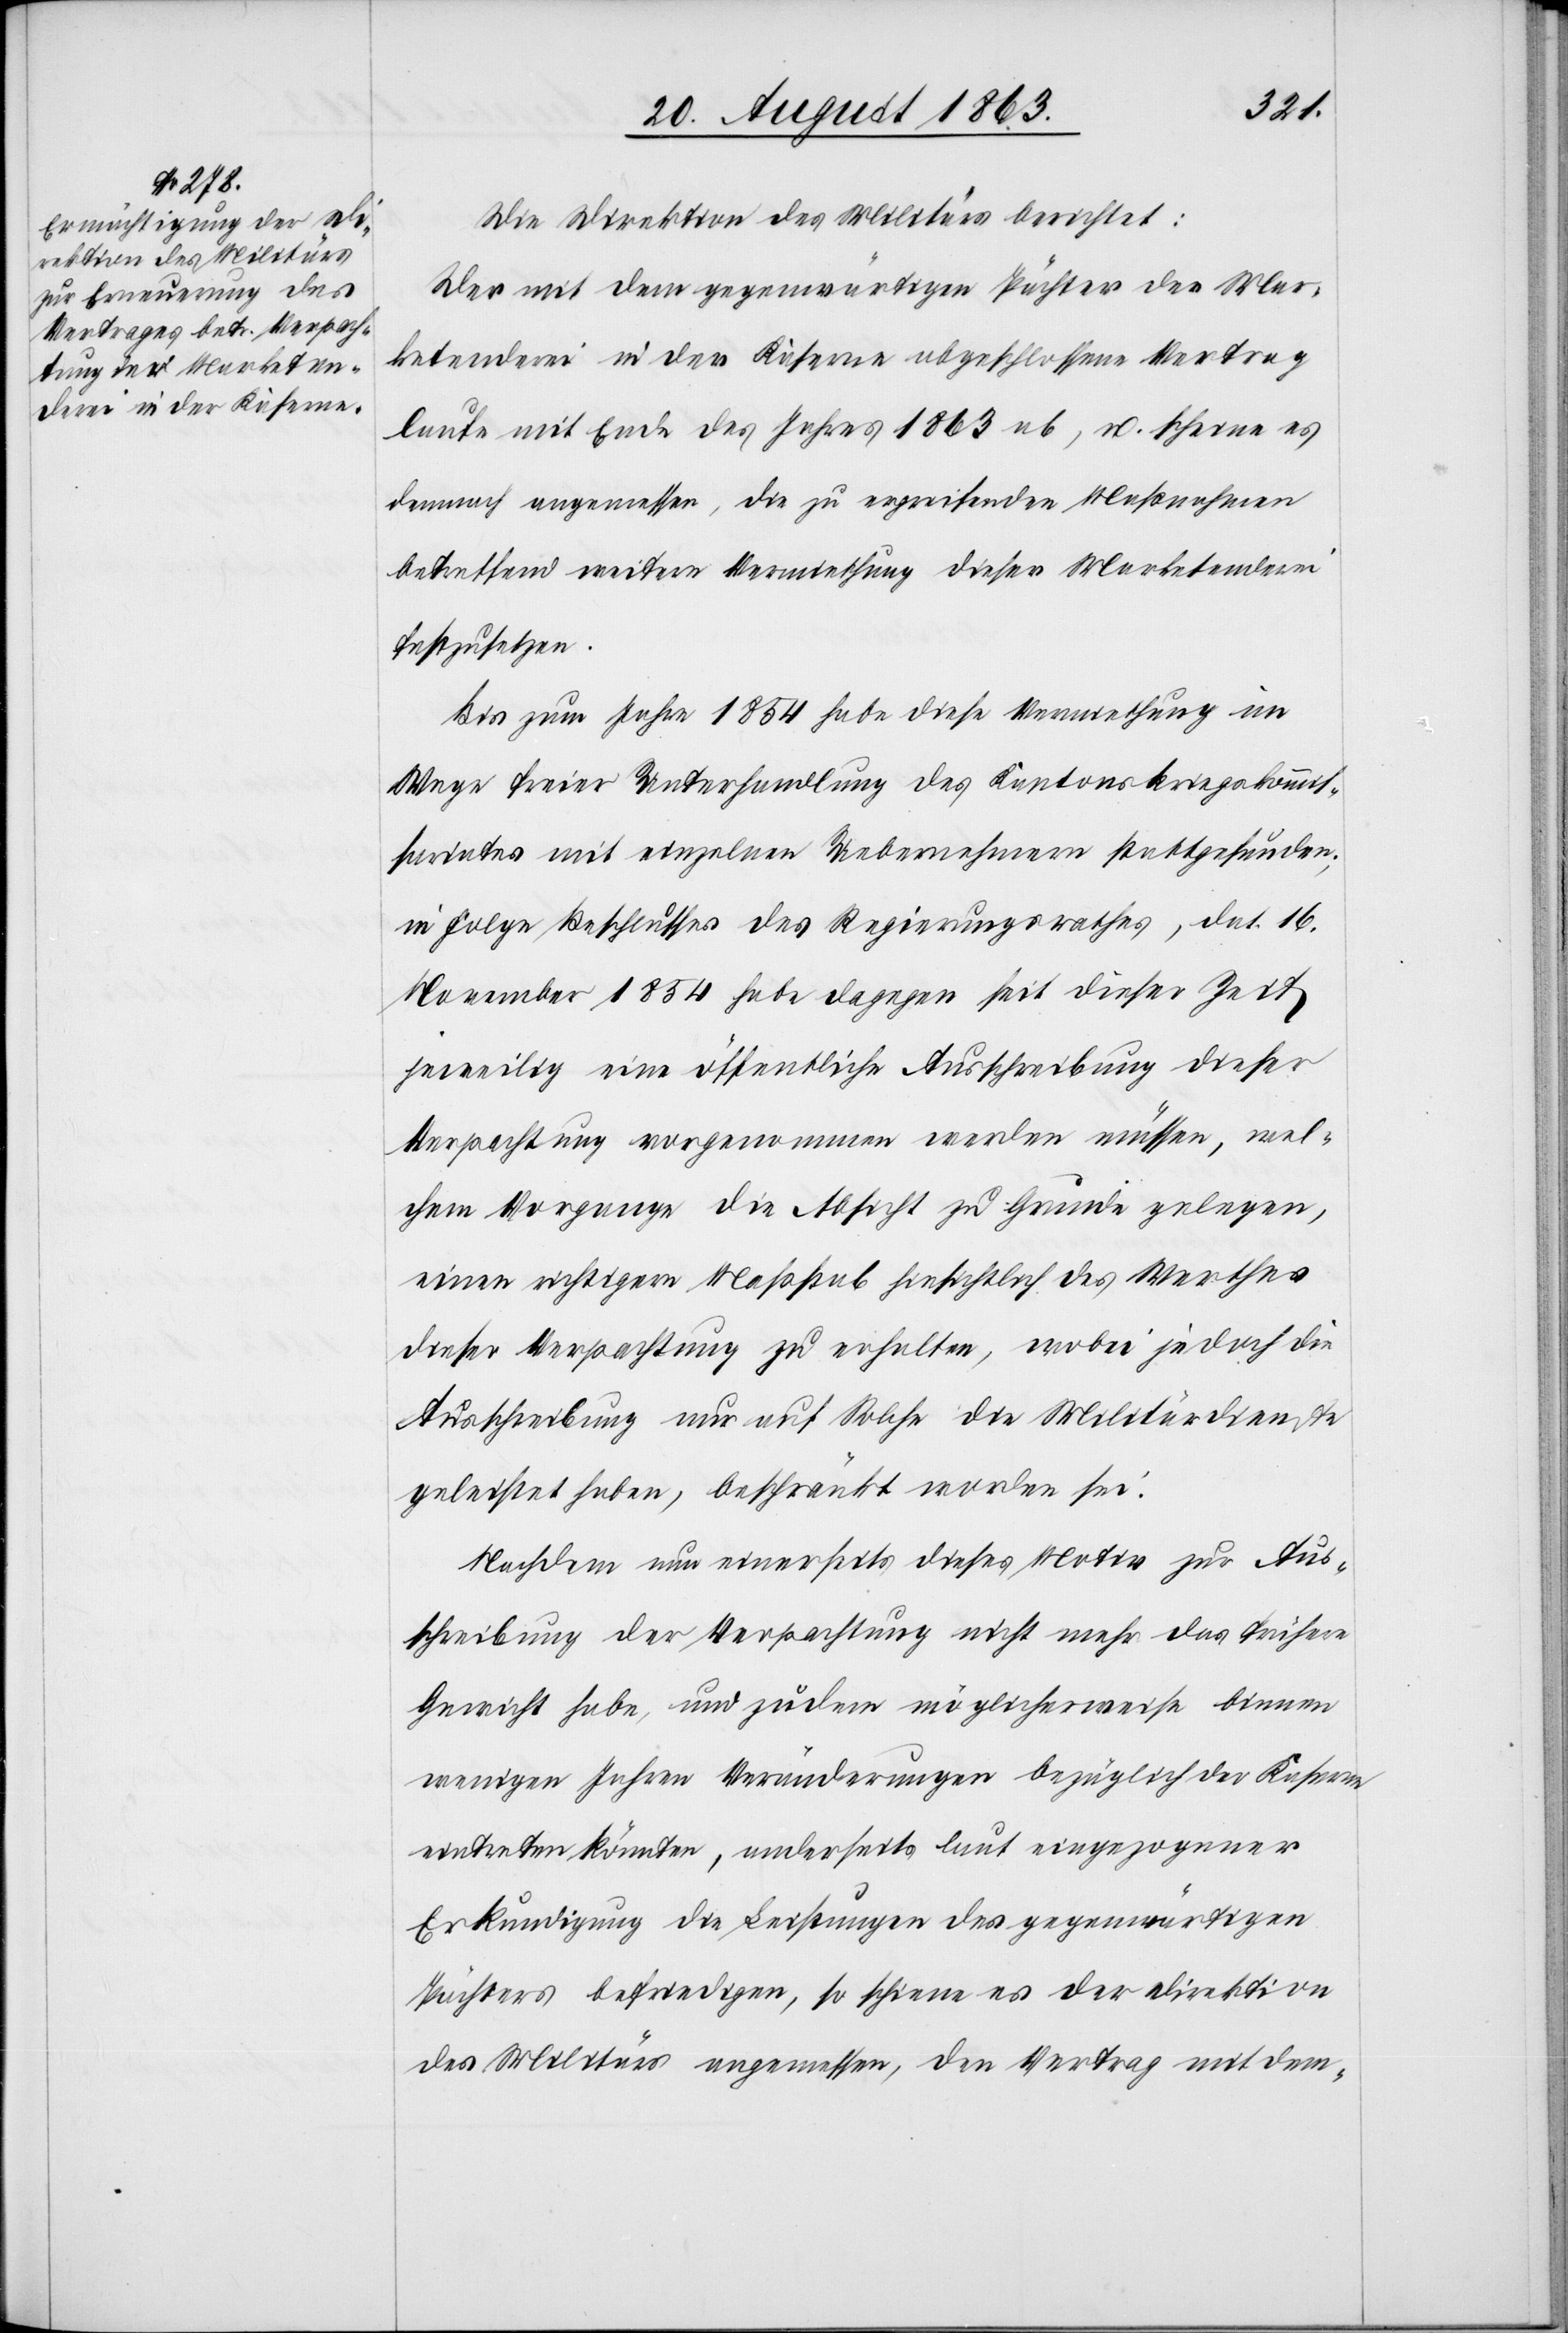
Die Direktion des Militärs berichtet:
Der mit dem gegenwärtigen Pächter der Mar¬
ketenderei in der Kaserne abgeschlossene Vertrag
laufe mit Ende des Jahres 1863 ab, u. scheine es
demnach angemessen, die zu ergreifenden Maßnahmen
betreffend weitere Vermiethung dieser Marketenderei
festzusetzen.
Bis zum Jahre 1854 habe diese Vermiethung im
Wege freier Unterhandlung des Kantonskriegskommis¬
sariates mit einzelnen Uebernehmern stattgefunden;
in Folge Beschlusses des Regierungsrathes, dat. 16.
November 1854 habe dagegen seit dieser Zeit
jeweilig eine öffentliche Ausschreibung dieser
Verpachtung vorgenommen werden müssen, wel¬
chem Vorgange die Absicht zu Grunde gelegen,
einen richtigen Maßstab hinsichtlich des Werthes
dieser Verpachtung zu erhalten, wobei jedoch die
Ausschreibung nur auf Solche die Militärdienste
geleistet haben, beschränkt worden sei.
Nachdem nun einerseits dieses Motiv zur Aus¬
schreibung der Verpachtung nicht mehr das frühere
Gewicht habe, und zudem möglicherweise binnen
wenigen Jahren Veränderungen bezüglich der Kaserne
eintreten könnten, anderseits laut eingezogener
Erkundigung die Leistungen des gegenwärtigen
Pächters befriedigen, so schiene es der Direktion
des Militärs angemessen, den Vertrag mit dem-